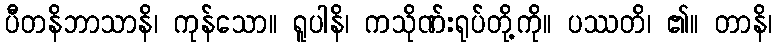
ပီတနိဘာသာနိ၊ ကုန်သော။ ရူပါနိ၊ ကသိုဏ်းရုပ်တို့ကို။ ပဿတိ၊ ၏။ တာနိ၊